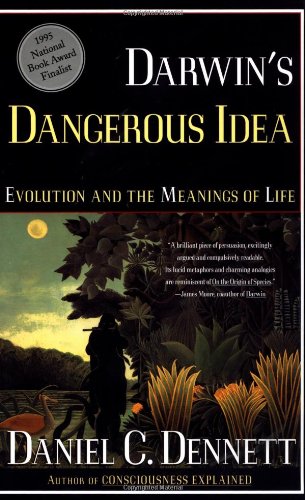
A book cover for DARWIN'S DANGEROUS IDEA: EVOLUTION AND THE MEANINGS OF LIFE; Daniel C. Dennett; Politics & Social Sciences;